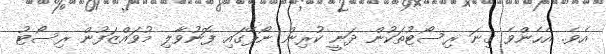
އެވެ. އެހެންވެ ގިނަ ރިސޯޓުތަކުން ދަނީ ކުރިން ނޯޕޭގައި ފޮނުވާލި މުވައްޒަފުން ރިސޯޓު